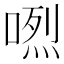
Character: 𠺅